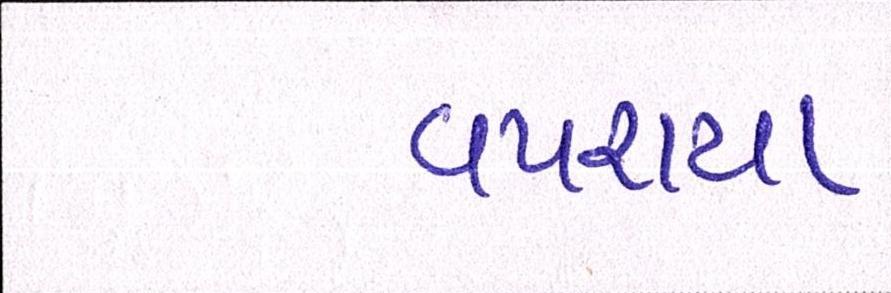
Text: વપરાયા